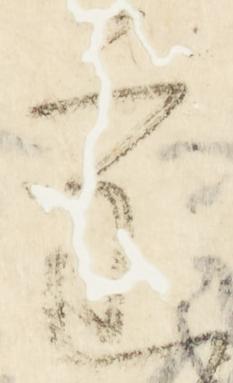
審